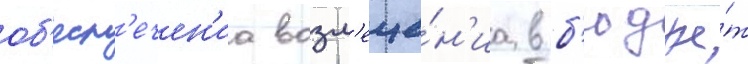
об'есп'ечен'иа возм'еще́н'иа в б'юдже́т